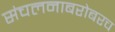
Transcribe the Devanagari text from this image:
संचलनाबरोबरच